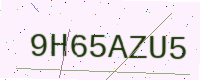
Text: 9H65AZU5